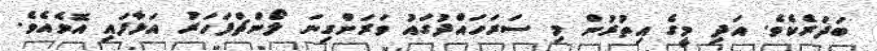
ބަދަރެކެވެ. އަދި މީގެ އިތުރުން މި ސަރަހައްދުގައު ވަރަށްގިނަ ލޯންޗްފަހަރު އަޅާފައި އޮވެއެވެ.